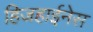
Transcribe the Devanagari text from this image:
हिजहाईनेस